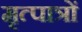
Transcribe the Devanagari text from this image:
मृत्पात्रों